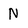
Character: N